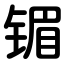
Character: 镅